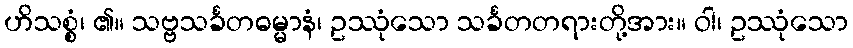
ဟိသစ္စံ၊ ၏။ သဗ္ဗသင်္ခတဓမ္မာနံ၊ ဥဿုံသော သင်္ခတတရားတို့အား။ ဝါ၊ ဥဿုံသော